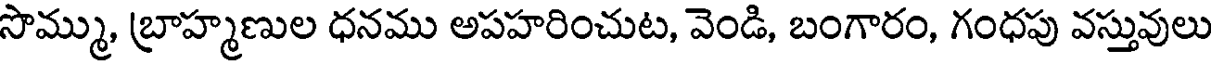
సొమ్ము, బ్రాహ్మణుల ధనము అపహరించుట, వెండి, బంగారం, గంధపు వస్తువులు